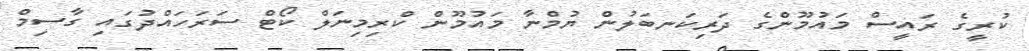
ކުރީގެ ރައީސް މައުމޫންގެ ދަރިކަނބަލުން ޔުމްނާ މައުމޫން ކްރިމިނަލް ކޯޓް ސަރަހައްދުގައި ގާސިމް